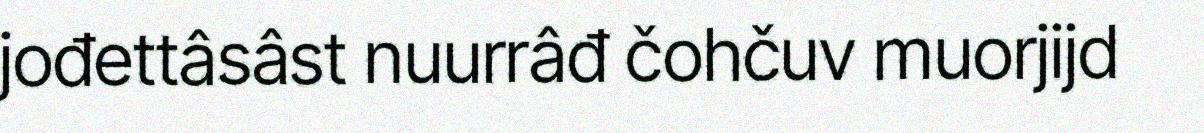
jođettâsâst nuurrâđ čohčuv muorjijd